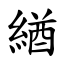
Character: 緧